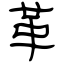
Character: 革